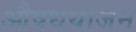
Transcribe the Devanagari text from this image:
औषधयोजन